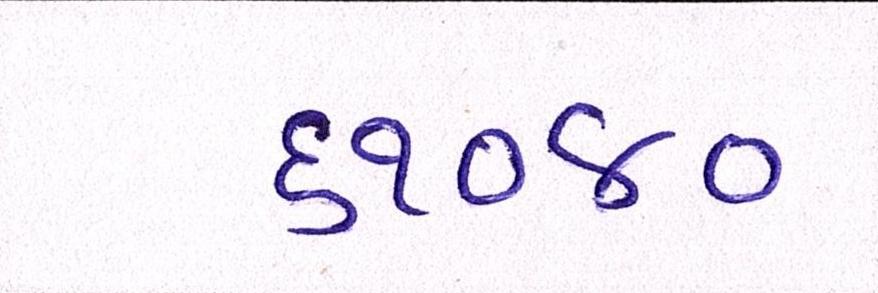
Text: ૬૧૦૪૦